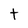
Character: t